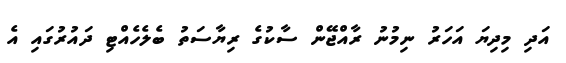
އަދި މިދިޔަ އަހަރު ނިމުނު ރާއްޖޭން ސާކުގެ ރިޔާސަތު ބެލެހެއްޓި ދައުރުގައި އެ